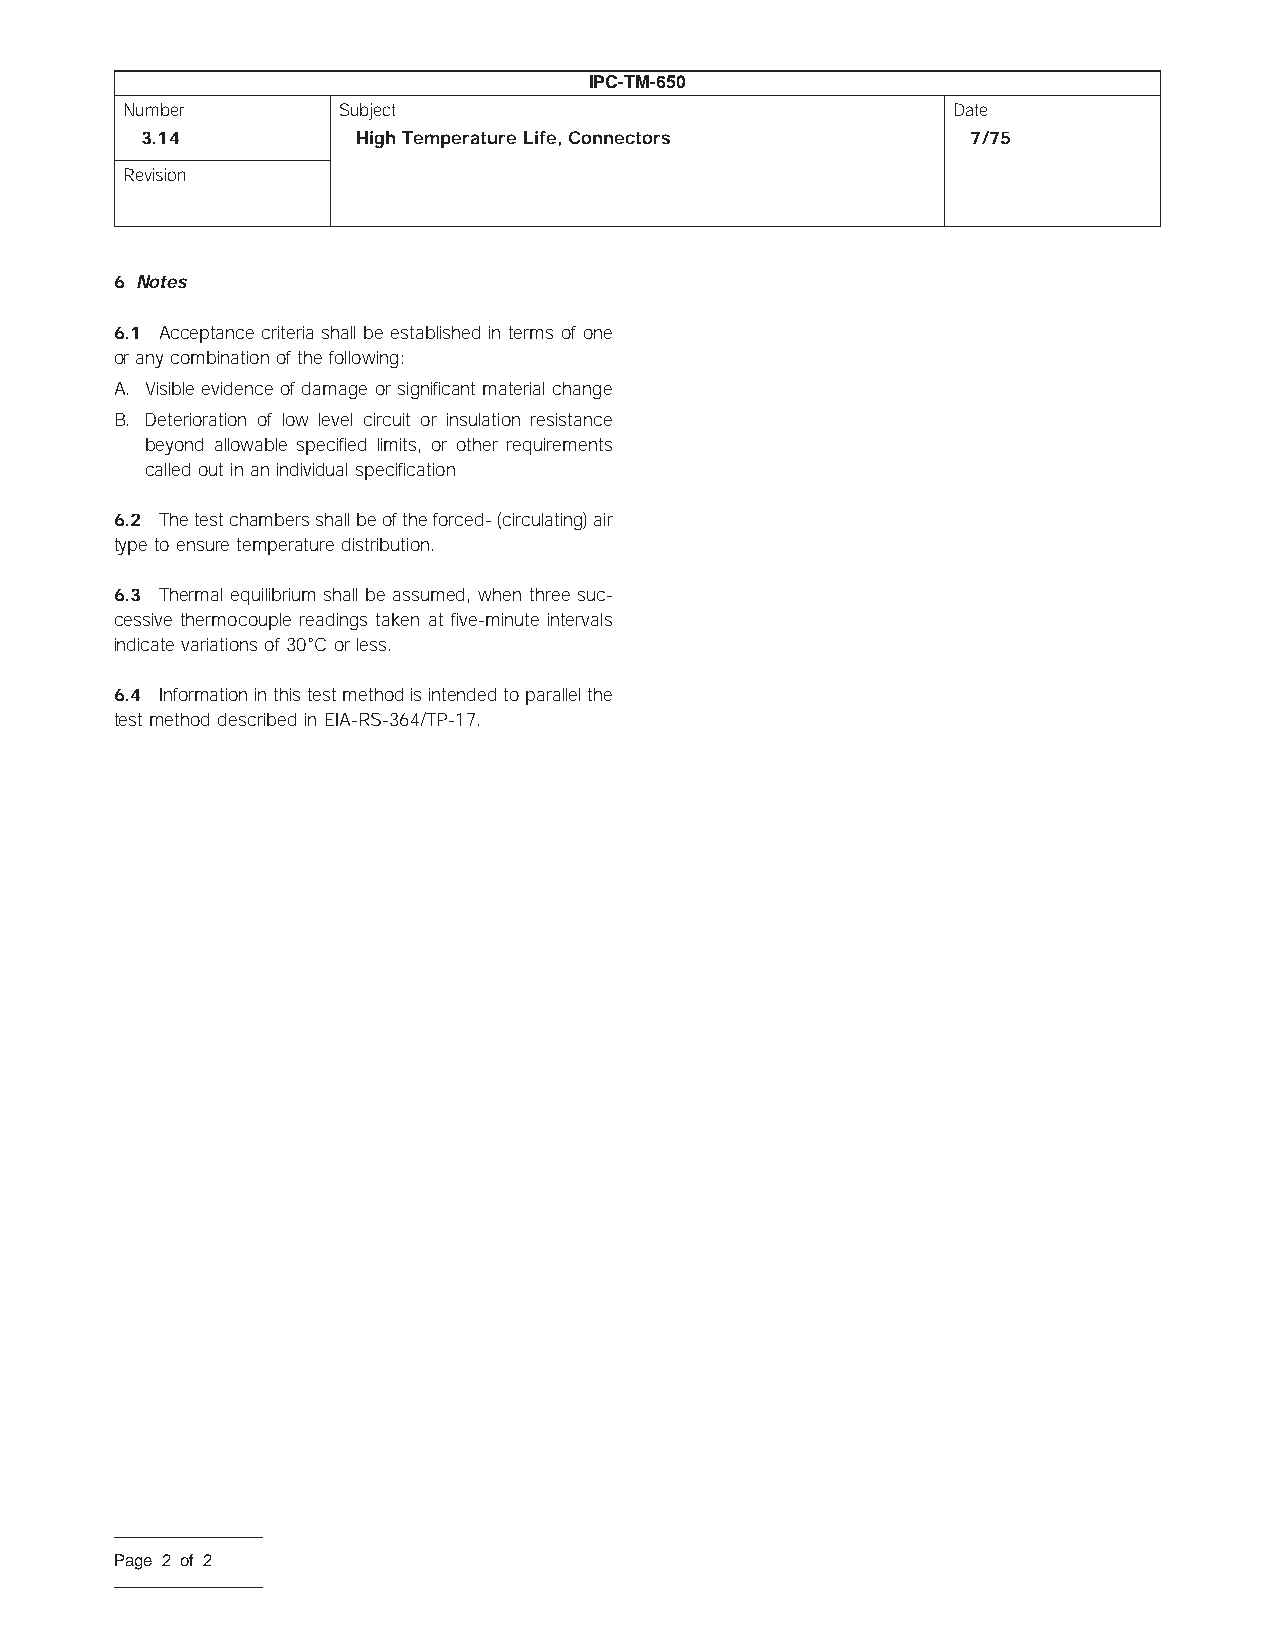
IPC-TM-650
 Number        Subject                                  Date
 3.14           HighTemperatureLife,Connectors          7/75
 Revision
 6 Notes
 6.1 Acceptance criteria shall be established in terms of one
 oranycombinationofthefollowing:
 A. Visible evidence of damage or significant material change
 B. Deterioration of low level circuit or insulation resistance
 beyond allowable specified limits, or other requirements
 calledoutinanindividualspecification
 6.2 Thetestchambersshallbeoftheforced-(circulating)air
 typetoensuretemperaturedistribution.
 6.3 Thermal equilibrium shall be assumed, when three suc-
 cessive thermocouple readings taken at five-minute intervals
 indicatevariationsof30°Corless.
 6.4 Informationinthistestmethodisintendedtoparallelthe
 testmethoddescribedinEIA-RS-364/TP-17.
 Page 2 of 2